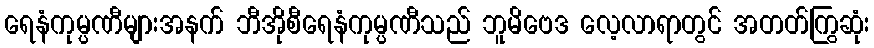
ရေနံကုမ္ပဏီများအနက် ဘီအိုစီရေနံကုမ္ပဏီသည် ဘူမိဗေဒ လေ့လာရာတွင် အတတ်ကြွဆုံး